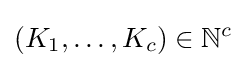
(K_{1},\ldots ,K_{c})\in \mathbb {N} ^{c}